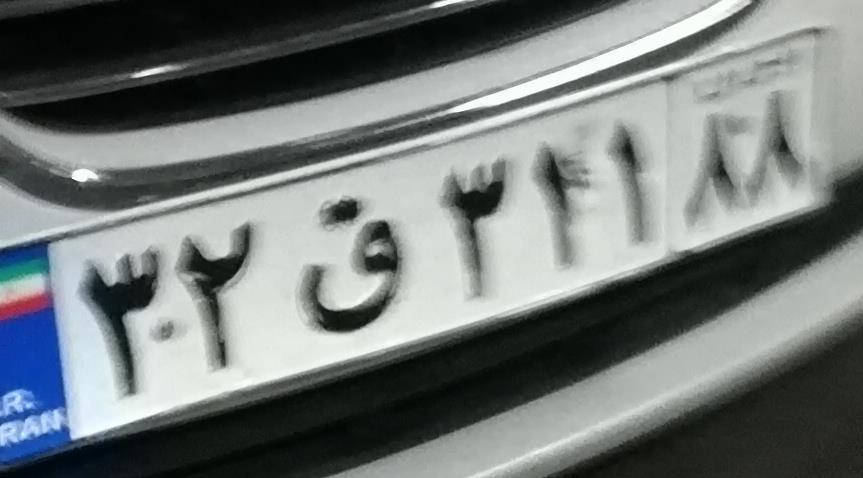
۳۲ق۳۲۱۸۸